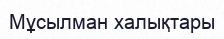
Мұсылман халықтары